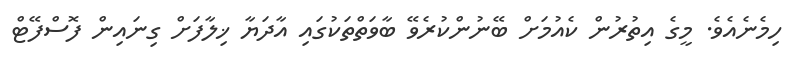
ހިމެނެއެވެ. މީގެ އިތުރުން ކެއުމަށް ބޭނުންކުރެވޭ ބާވަތްތަކުގައި އާދަޔާ ޚިލާފަށް ގިނައިން ފޮސްފޭޓް